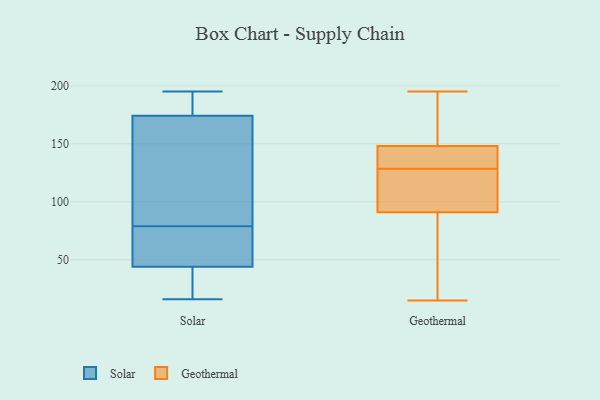
{"axis": {"x": "Churn Rate (%)", "y": "Value"}, "legend": ["Geothermal", "Solar"], "data": [{"x": "", "y": 44, "type": "Solar"}, {"x": "", "y": 74, "type": "Solar"}, {"x": "", "y": 124, "type": "Solar"}, {"x": "", "y": 28, "type": "Solar"}, {"x": "", "y": 79, "type": "Solar"}, {"x": "", "y": 28, "type": "Solar"}, {"x": "", "y": 194, "type": "Solar"}, {"x": "", "y": 192, "type": "Solar"}, {"x": "", "y": 195, "type": "Solar"}, {"x": "", "y": 148, "type": "Solar"}, {"x": "", "y": 116, "type": "Solar"}, {"x": "", "y": 79, "type": "Solar"}, {"x": "", "y": 183, "type": "Solar"}, {"x": "", "y": 44, "type": "Solar"}, {"x": "", "y": 16, "type": "Solar"}, {"x": "", "y": 138, "type": "Geothermal"}, {"x": "", "y": 125, "type": "Geothermal"}, {"x": "", "y": 15, "type": "Geothermal"}, {"x": "", "y": 195, "type": "Geothermal"}, {"x": "", "y": 91, "type": "Geothermal"}, {"x": "", "y": 21, "type": "Geothermal"}, {"x": "", "y": 149, "type": "Geothermal"}, {"x": "", "y": 144, "type": "Geothermal"}, {"x": "", "y": 132, "type": "Geothermal"}, {"x": "", "y": 93, "type": "Geothermal"}, {"x": "", "y": 148, "type": "Geothermal"}, {"x": "", "y": 22, "type": "Geothermal"}, {"x": "", "y": 118, "type": "Geothermal"}, {"x": "", "y": 186, "type": "Geothermal"}]}